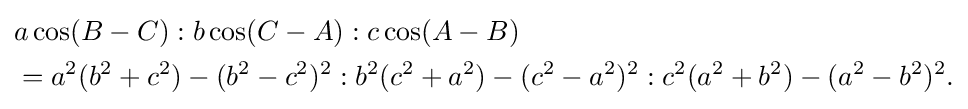
{\begin{aligned}&a\cos(B-C):b\cos(C-A):c\cos(A-B)\\&=a^{2}(b^{2}+c^{2})-(b^{2}-c^{2})^{2}:b^{2}(c^{2}+a^{2})-(c^{2}-a^{2})^{2}:c^{2}(a^{2}+b^{2})-(a^{2}-b^{2})^{2}.\end{aligned}}